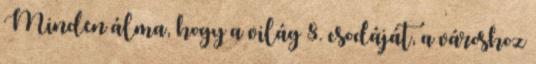
Minden álma, hogy a világ 8. csodáját, a városhoz